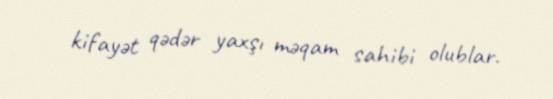
kifayət qədər yaxşı məqam sahibi olublar.